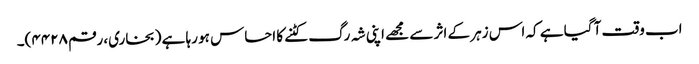
اب وقت آ گیا ہے کہ اس زہر کے اثر سے مجھے اپنی شہ رگ کٹنے کا احساس ہو رہا ہے (بخاری، رقم ۴۴۲۸)۔